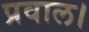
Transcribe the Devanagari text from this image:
प्रवाल।